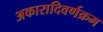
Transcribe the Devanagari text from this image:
अकारादिवर्णक्रम